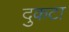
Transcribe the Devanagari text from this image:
दुकटा